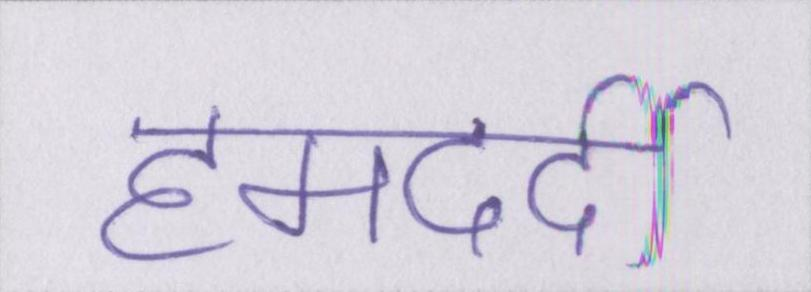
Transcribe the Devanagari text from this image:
हमदर्दी